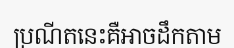
ប្រណីតនេះគឺអាចដឹកតាម